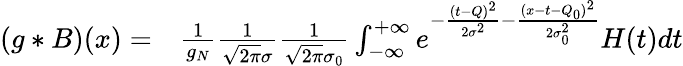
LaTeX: \begin{array}{rl}{(g*B)(x)=}&{{}\frac{1}{g_{N}}\frac{1}{\sqrt{2\pi}\sigma}\frac{1}{\sqrt{2\pi}\sigma_{0}}\int_{-\infty}^{+\infty}e^{-\frac{(t-Q)^{2}}{2\sigma^{2}}-\frac{(x-t-Q_{0})^{2}}{2\sigma_{0}^{2}}}H(t)dt}\end{array}